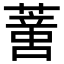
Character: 𦺳